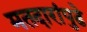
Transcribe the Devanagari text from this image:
मतदारांपुढे